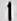
1